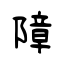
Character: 障